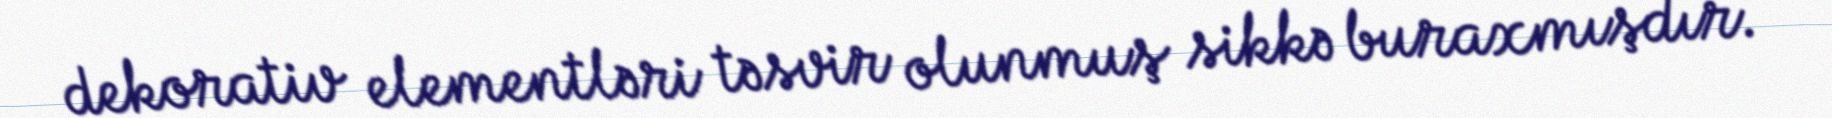
dekorativ elementləri təsvir olunmuş sikkə buraxmışdır.